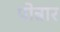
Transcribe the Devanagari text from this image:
पोन्नार